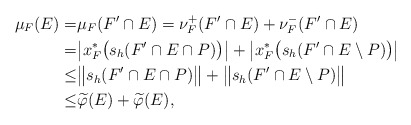
\begin{align*}\mu_F(E)= & \mu_F(F'\cap E)=\nu_F^+(F'\cap E)+\nu_F^-(F'\cap E)\\= & \big|x^*_F\big(s_h(F'\cap E\cap P)\big)\big|+\big|x^*_F\big(s_h(F'\cap E\setminus P)\big)\big|\\\leq & \big\|s_h(F'\cap E\cap P)\big\|+\big\|s_h(F'\cap E\setminus P)\big\|\\\leq & \widetilde{\varphi}(E)+\widetilde{\varphi}(E),\end{align*}